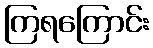
ကြရကြောင်း